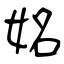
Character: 姳